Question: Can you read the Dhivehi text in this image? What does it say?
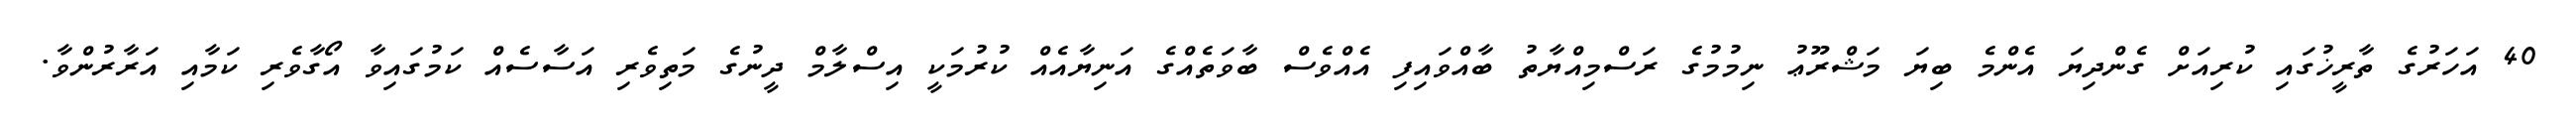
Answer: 40 އަހަރުގެ ތާރީޚުގައި ކުރިއަށް ގެންދިޔަ އެންމެ ބިޔަ މަޝްރޫޢު ނިމުމުގެ ރަސްމިއްޔާތު ބާއްވައިފި އެއްވެސް ބާވަތެއްގެ އަނިޔާއެއް ކުރުމަކީ އިސްލާމް ދީނުގެ މަތިވެރި އަސާސެއް ކަމުގައިވާ އޯގާވެރި ކަމާއި އަރާރުންވާ.